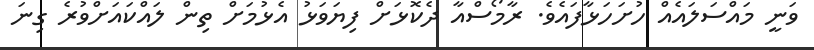
ވަނީ މައްސަލައެއް ހުށަހަޅާފައެވެ. ރާމޯސްއާ ދެކޮޅަށް ފިޔަވަޅު އެޅުމަށް ތިން ލައްކައަށްވުރެ ގިނަ